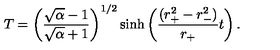
T = \left( \frac { \sqrt { \alpha } - 1 } { \sqrt { \alpha } + 1 } \right) ^ { 1 / 2 } \sinh \left( { \frac { ( r _ { + } ^ { 2 } - r _ { - } ^ { 2 } ) } { r _ { + } } } t \right) .